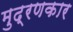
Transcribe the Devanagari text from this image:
मुद्रणकार